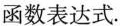
函数表达式.